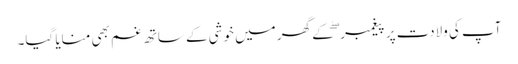
آپ کی ولادت پر پیغمبر ۖ کے گھر میں خوشی کے ساتھ غم بھی منایا گیا۔